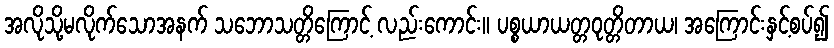
အလိုသို့မလိုက်သောအနက် သဘောသတ္တိကြောင့် လည်းကောင်း။ ပစ္စယာယတ္တဝုတ္တိတာယ၊ အကြောင်းနှင့်စပ်၍